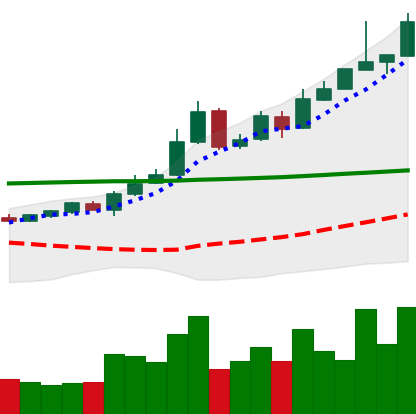
Ticker: BTC-USD
Chart end date: 2015-10-27
Forward return: 10.771%
Label: up_7plus